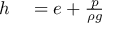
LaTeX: \begin{array} { r l } { h } & { { } = e + { \frac { p } { \rho g } } } \end{array}